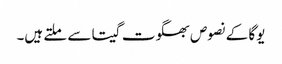
یوگا کے نصوص بھگوت گیتا سے ملتے ہیں۔